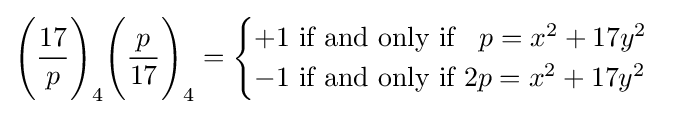
{\Bigg (}{\frac {17}{p}}{\Bigg )}_{4}{\Bigg (}{\frac {p}{17}}{\Bigg )}_{4}={\begin{cases}+1{\mbox{ if and only if }}\;\;p=x^{2}+17y^{2}\\-1{\mbox{ if and only if }}2p=x^{2}+17y^{2}\end{cases}}